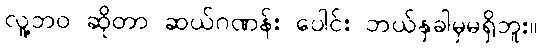
လူ့ဘဝ ဆိုတာ ဆယ်ဂဏန်း ပေါင်း ဘယ်နှခါမှမရှိဘူး။